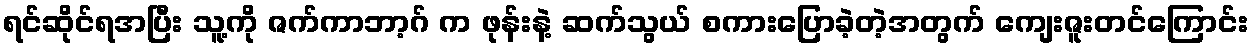
ရင်ဆိုင်ရအပြီး သူ့ကို ဇက်ကာဘာ့ဂ် က ဖုန်းနဲ့ ဆက်သွယ် စကားပြောခဲ့တဲ့အတွက် ကျေးဇူးတင်ကြောင်း